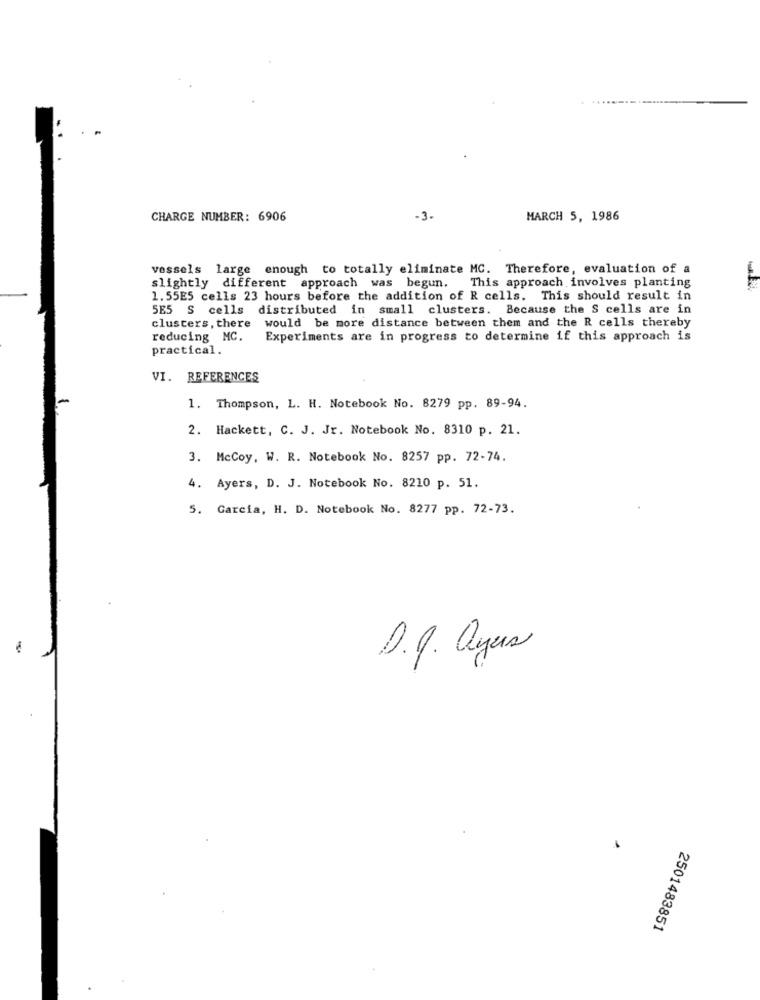
CHARGE NUMBER: 6906
-3.
MARCH 5, 1986
vessels large enough to totally eliminate MC. Therefore, evaluation of a
slightly different approach was begun. This approach involves planting
1.55E5 cells 23 hours before the addition of R cells. This should result in
5E5 S cells distributed in small clusters. Because the S cells are in
would be more distance between them and the R cells thereby
clusters, there
reducing MC.
Experiments are in progress to determine if this approach is
practical.
VI. REFERENCES
1. Thompson, L. H. Notebook No. 8279 pp. 89-94.
2. Hackett, C. J. Jr. Notebook No. 8310 p. 21.
3. McCoy, W. R. Notebook No. 8257 pp. 72-74.
4. Ayers, D. J. Notebook No. 8210 p. 51.
5. Garcia, H. D. Notebook No. 8277 pp. 72-73.
-
D.J. ayers
2501483851